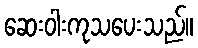
ဆေးဝါးကုသပေးသည်။